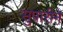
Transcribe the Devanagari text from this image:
सुपारीने